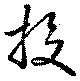
投